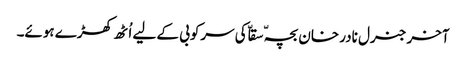
آخر جنرل نادر خان بچہّ سقاّ کی سرکوبی کے لیے اُٹھ کھڑے ہوئے۔